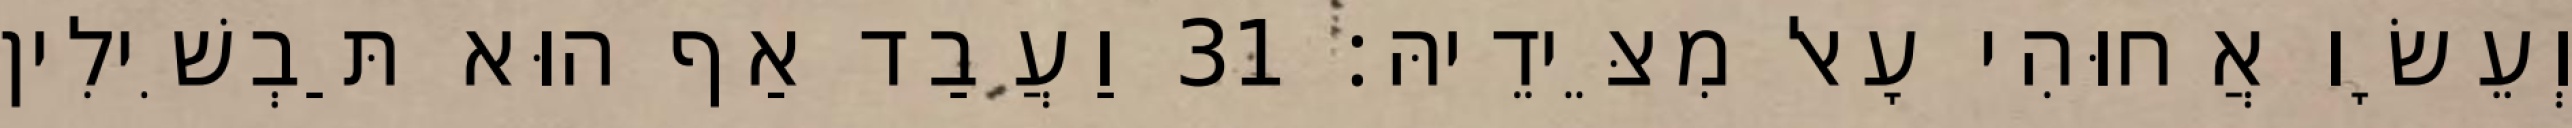
וְעֵשָׂו אֲחוּהִי עָאל מִצֵּידֵיהּ׃ 31 וַעֲבַד אַף הוּא תַּבְשִׁילִין